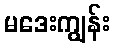
မဒေးကျွန်း